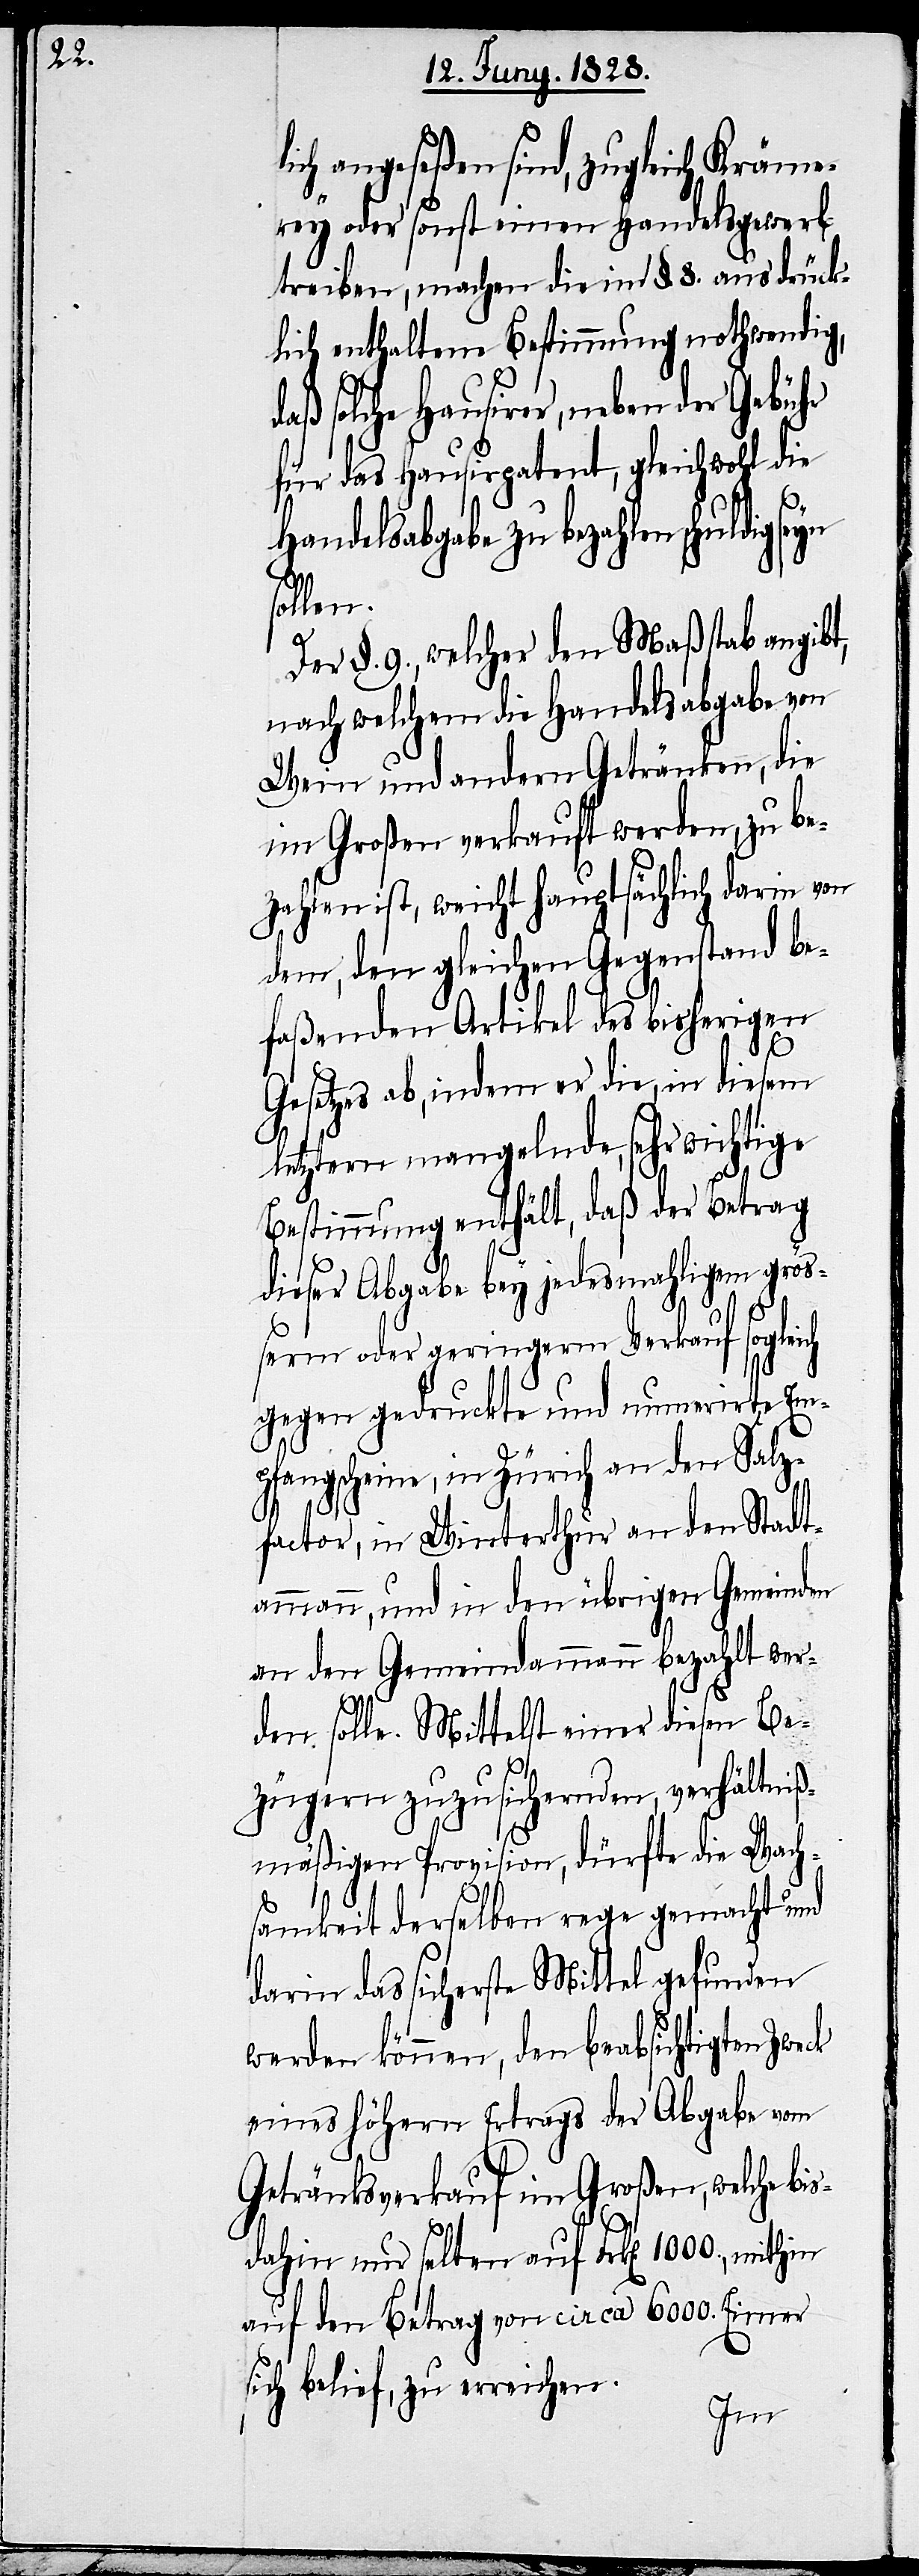
lich angeseßen sind, zugleich Kräme¬
rey oder sonst einen Handelsgewerb
treiben, machen die im §. 8. ausdrück¬
lich enthaltene Bestimmung nothwendig,
daß solche Hausirer, neben der Gebühr
für das Hausirpatent, gleichwohl die
Handelsabgabe zu bezahlen
sollen.
Der §. 9., welcher den Maßstab angibt,
nach welchem die Handelsabgabe von
Wein und andern Getränken, die
im Großen verkauft werden, zu be¬
zahlen ist, weicht hauptsächlich darin von
dem, den gleichen Gegenstand be¬
faßenden Artikel des bisherigen
Gesetzes ab, indem er die, in diesem
letztern mangelnde, sehr wichtige
Bestimmung enthält, daß der Betrag
dieser Abgabe bey jedesmahligem größ¬
erm oder geringerm Verkauf sogleich
gegen gedruckte und numerirte Em¬
pfangscheine, in Zürich an den Salz¬
factor, in Winterthur an den Stadt¬
ammann, und in den übrigen Gemeinden
an den Gemeindammann bezahlt wer¬
den solle. Mittelst einer diesen Be¬
zügern zuzusichernden, verhältniß¬
mäßigen Provision, dürfte die Wach¬
samkeit derselben rege gemacht und
darin das sicherste Mittel gefunden
werden können, den beabsichtigten Zweck
eines höhern Ertrags der Abgabe vom
Getränkeverkauf im Großen, welche bis¬
dahin nur selten auf Frk[en]. 1000., mithin
auf den Betrag von circa 6000. Eimer
sich belief, zu erreichen-